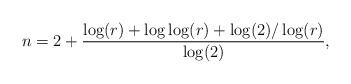
LaTeX: \begin{align*}n=2+\frac{\log (r)+\log \log (r)+\log (2)/\log (r)}{\log (2)},\end{align*}